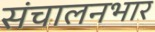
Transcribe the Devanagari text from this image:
संचालनभार